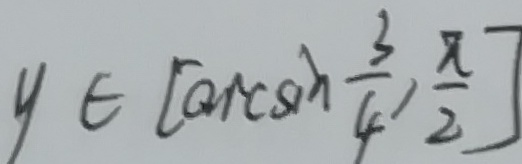
y \in [ \arcsin \frac { 3 } { 4 } , \frac { \pi } { 2 } ]